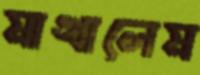
মাখালেম